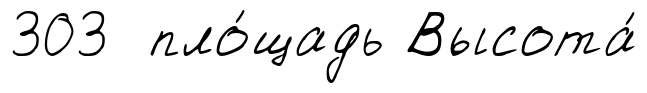
303 пло́щадь Высота́